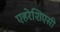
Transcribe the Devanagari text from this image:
एहरेशिएसी